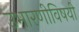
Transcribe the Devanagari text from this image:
उभारणीविषयी